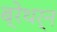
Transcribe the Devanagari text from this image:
ब्रेथर्न